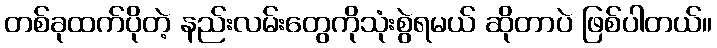
တစ်ခုထက်ပိုတဲ့ နည်းလမ်းတွေကိုသုံးစွဲရမယ် ဆိုတာပဲ ဖြစ်ပါတယ်။